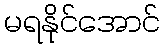
မရနိုင်အောင်